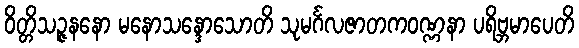
ဝိတ္တိသဉ္ဇနနော မနောသန္ဒောသောတိ သုမင်္ဂလဇာတကဝဏ္ဏနာ ပရိဗ္ဘမာပေတိ